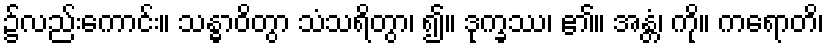
၌လည်းကောင်း။ သန္ဓာဝိတွာ သံသရိတွာ၊ ၍။ ဒုက္ခဿ၊ ၏။ အန္တံ၊ ကို။ ကရောတိ၊